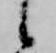
候